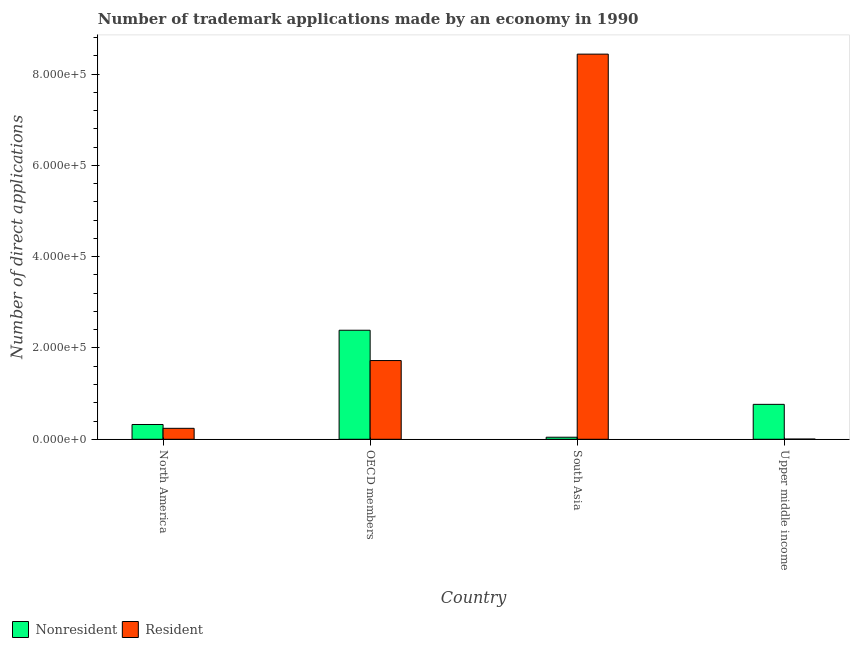
| Country | Nonresident | Resident |
 | --- | --- | --- |
 | North America | 3.24e+04 | 2.4e+04 |
 | OECD members | 2.39e+05 | 1.72e+05 |
 | South Asia | 4.5e+03 | 8.44e+05 |
 | Upper middle income | 7.65e+04 | 461 |